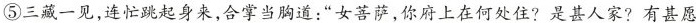
⑤三藏一见，连忙跳起身来，合掌当胸道：”女菩萨，你府上在何处住?是甚人家?有甚愿